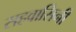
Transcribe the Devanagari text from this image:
सहवासिनी